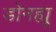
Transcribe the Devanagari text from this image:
डोनह्यू